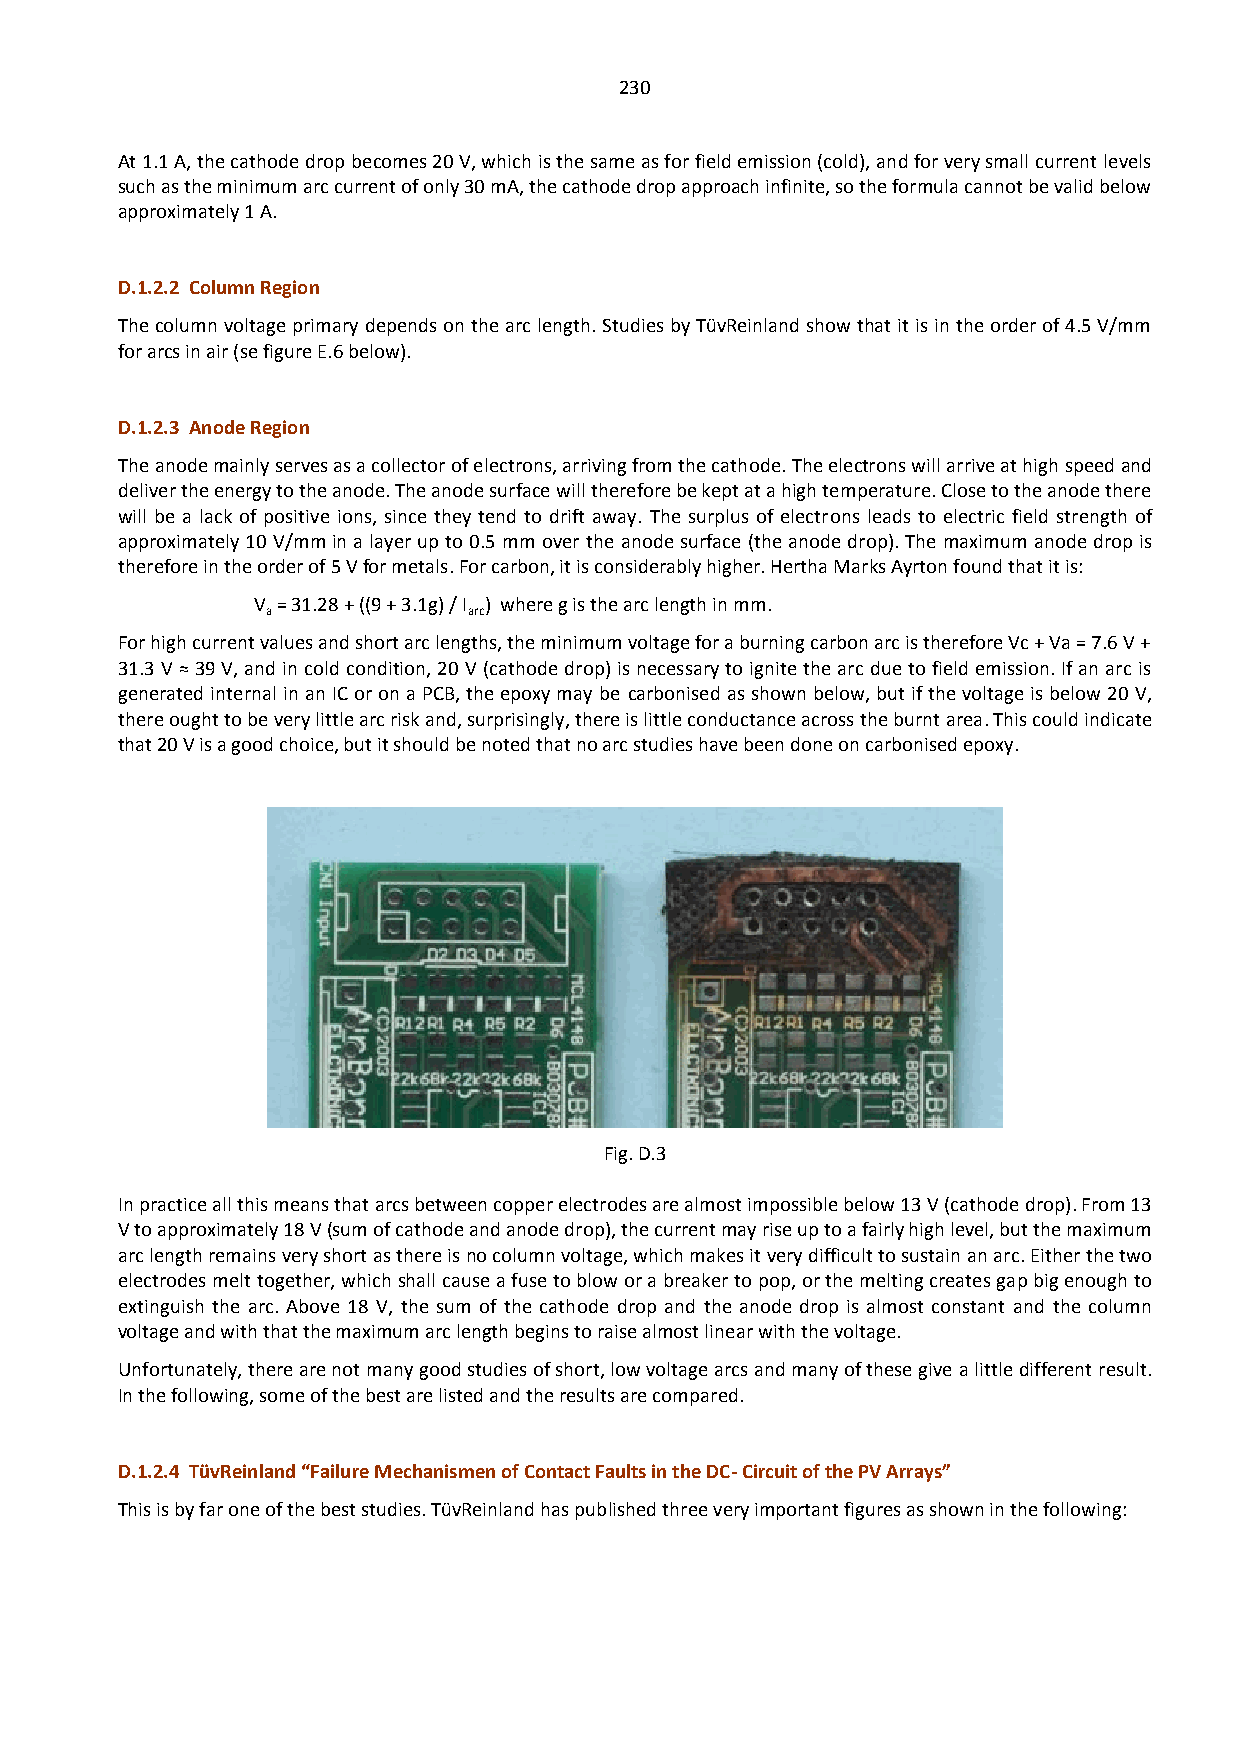
230
 At 1.1 A, the cathode drop becomes 20 V, which is the same as for field emission (cold), and for very small current levels
 such as the minimum arc current of only 30 mA, the cathode drop approach infinite, so the formula cannot be valid below
 approximately 1 A.
 D.1.2.2 Column Region
 The column voltage primary depends on the arc length. Studies by TüvReinland show that it is in the order of 4.5 V/mm
 for arcs in air (se figure E.6 below).
 D.1.2.3 Anode Region
 The anode mainly serves as a collector of electrons, arriving from the cathode. The electrons will arrive at high speed and
 deliver the energy to the anode. The anode surface will therefore be kept at a high temperature. Close to the anode there
 will be a lack of positive ions, since they tend to drift away. The surplus of electrons leads to electric field strength of
 approximately 10 V/mm in a layer up to 0.5 mm over the anode surface (the anode drop). The maximum anode drop is
 therefore in the order of 5 V for metals. For carbon, it is considerably higher. Hertha Marks Ayrton found that it is:
 V = 31.28 + ((9 + 3.1g) / I ) where g is the arc length in mm.
 a            arc
 For high current values and short arc lengths, the minimum voltage for a burning carbon arc is therefore Vc + Va = 7.6 V +
 31.3 V ≈ 39 V, and in cold condition, 20 V (cathode drop) is necessary to ignite the arc due to field emission. If an arc is
 generated internal in an IC or on a PCB, the epoxy may be carbonised as shown below, but if the voltage is below 20 V,
 there ought to be very little arc risk and, surprisingly, there is little conductance across the burnt area. This could indicate
 that 20 V is a good choice, but it should be noted that no arc studies have been done on carbonised epoxy.
 Fig. D.3
 In practice all this means that arcs between copper electrodes are almost impossible below 13 V (cathode drop). From 13
 V to approximately 18 V (sum of cathode and anode drop), the current may rise up to a fairly high level, but the maximum
 arc length remains very short as there is no column voltage, which makes it very difficult to sustain an arc. Either the two
 electrodes melt together, which shall cause a fuse to blow or a breaker to pop, or the melting creates gap big enough to
 extinguish the arc. Above 18 V, the sum of the cathode drop and the anode drop is almost constant and the column
 voltage and with that the maximum arc length begins to raise almost linear with the voltage.
 Unfortunately, there are not many good studies of short, low voltage arcs and many of these give a little different result.
 In the following, some of the best are listed and the results are compared.
 D.1.2.4 TüvReinland “Failure Mechanismen of Contact Faults in the DC- Circuit of the PV Arrays”
 This is by far one of the best studies. TüvReinland has published three very important figures as shown in the following: